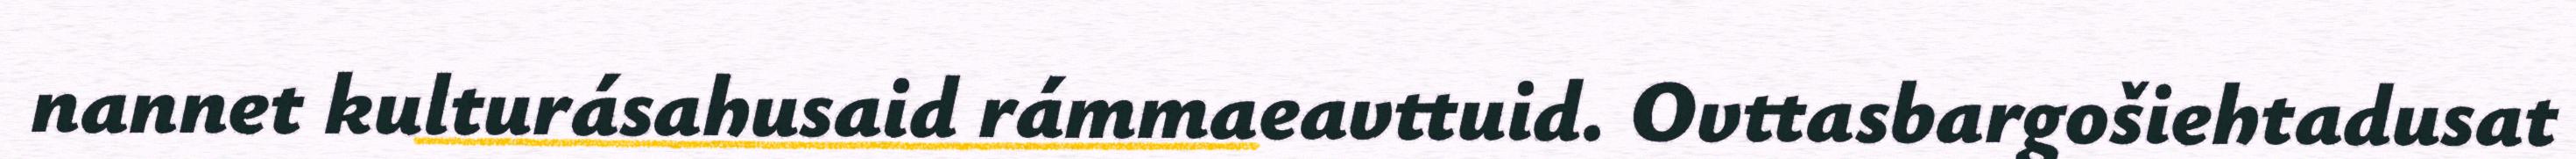
nannet kulturásahusaid rámmaeavttuid. Ovttasbargošiehtadusat